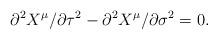
LaTeX: \begin{align*}\partial ^{2}X^{\mu }/\partial \tau ^{2}-\partial ^{2}X^{\mu }/\partial\sigma ^{2}=0. \end{align*}